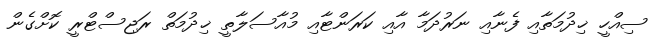
ސިއްހީ ޚިދުމަތާއި ފެނާއި ނަރުދަމާ އާއި ކަރަންޓާއި މުއާސަލާތީ ޚިދުމަތް ރަޖިސްޓްރީ ކޮށްގެން